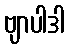
ဗျာပါဒါ